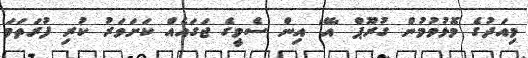
މިއަދުގެ މޮޅުވުމުން ގުރޫޕް 'އޭ' އިން ސެމީގެ ޖަގައެއް ކަށަވަރު ކުރި ފުރަތަމަ